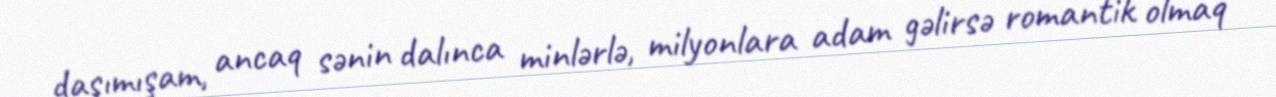
daşımışam, ancaq sənin dalınca minlərlə, milyonlara adam gəlirsə romantik olmaq